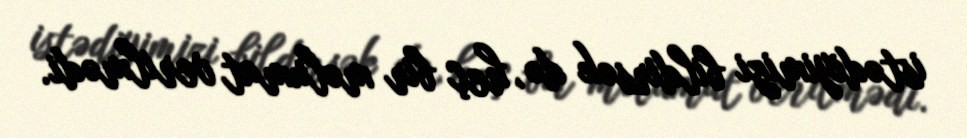
istədiyimizi bildirsək də, heç bir məlumat verilmədi.